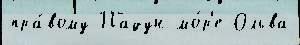
пра́вому Падун мо́р'е Ольва